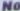
No